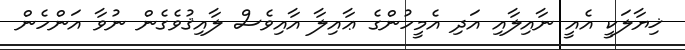
ޚިޔާލަކީ އެއީ ނާއިލާއި އަދި އެމީހުންގެ ޢާއިލާ އާއިވެސް ލާއިޤުވެގެން ނުވާ އަންހެން